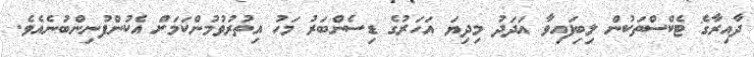
ދާއިރާގެ ޓެކްސްތަކުން ލިބިފައިވާ އަދަދު މިދިޔަ އަހަރުގެ ޑިސެންބަރު މަހު އިތުރުވުމުންކަމަށް އެކުންފުނިންބުނެއެވެ.